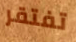
تفتقر